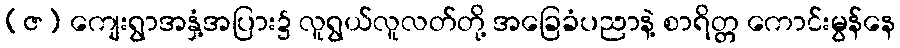
(ဇ) ကျေးရွာအနှံ့အပြား၌ လူရွယ်လူလတ်တို့ အခြေခံပညာနဲ့ စာရိတ္တ ကောင်းမွန်နေ